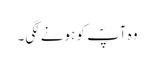
وہ آپؐ کو ہونے لگی۔